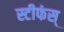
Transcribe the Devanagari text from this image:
स्टीफंस्